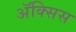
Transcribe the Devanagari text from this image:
ॲक्सिस